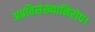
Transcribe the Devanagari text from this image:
अप्रतिसंख्यानिरोध।